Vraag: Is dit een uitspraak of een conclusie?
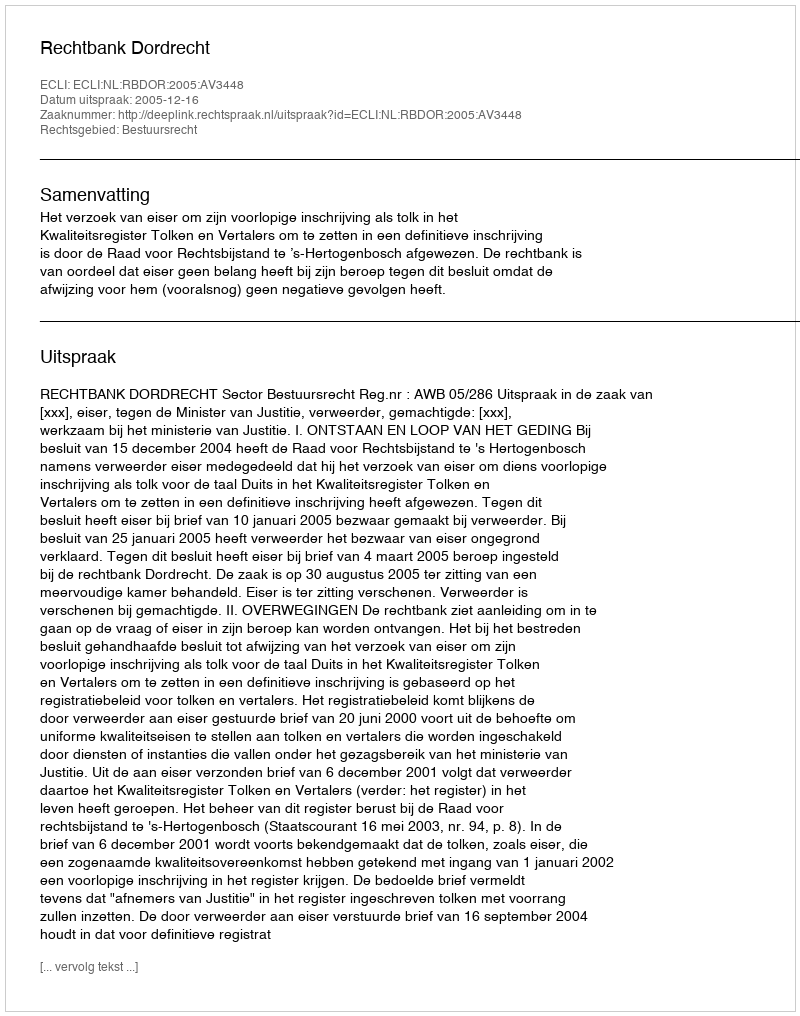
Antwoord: Uitspraak